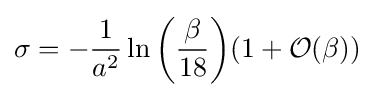
\sigma =-{\frac {1}{a^{2}}}\ln {\bigg (}{\frac {\beta }{18}}{\bigg )}(1+{\mathcal {O}}(\beta ))